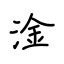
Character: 淦